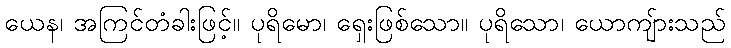
ယေန၊ အကြင်တံခါးဖြင့်။ ပုရိမော၊ ရှေးဖြစ်သော။ ပုရိသော၊ ယောကျ်ားသည်